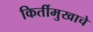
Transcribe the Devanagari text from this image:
किर्तीमुखाचे